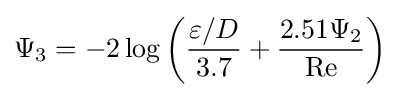
\Psi _{3}=-2\log \left({\frac {\varepsilon /D}{3.7}}+{\frac {2.51\Psi _{2}}{\mathrm {Re} }}\right)